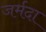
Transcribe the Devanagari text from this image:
जर्मदा